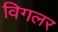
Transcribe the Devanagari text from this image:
विगलर